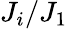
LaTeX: J_{i}/J_{1}